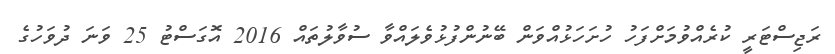
ރަޖިސްޓަރީ ކުރެއްވުމަށްފަހު ހުށަހަޅުއްވަން ބޭނުންފުޅުވެލައްވާ ސުވާލުތައް 2016 އޮގަސްޓު 25 ވަނަ ދުވަހުގެ